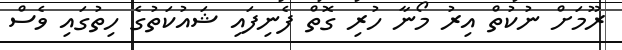
ރޫމަށް ނުކުތް އިރު މޯނާ ހުރި ގޮތް ފެނިފައި ޝައުކަތުގެ ހިތުގައި ވެސް